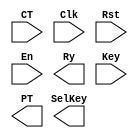
// EASE/HDL begin //////////////////////////////////////////////////////////////
// 
// module 'AES_Decryptor'.
// 
////////////////////////////////////////////////////////////////////////////////

module AES_Decryptor (CT, Clk, Rst, En, Ry, Key, PT, SelKey) ;
  input      [127:0]CT;
  input      Clk;
  input      Rst;
  input      En;
  output     Ry;
  input      [127:0]Key;
  output     [127:0]PT;
  output     [3:0]SelKey;


// EASE/HDL end ////////////////////////////////////////////////////////////////



endmodule // AES_Decryptor